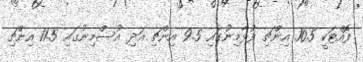
ފޮއްޓަކީ 10.5 އިންޗި ފުޅާމިނުގައި 9.5 އިންޗި އަދި އުސްމިނުގައި 11.5 އިންޗި